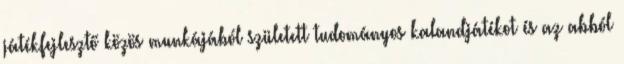
játékfejlesztő közös munkájából született tudományos kalandjátékot és az abból